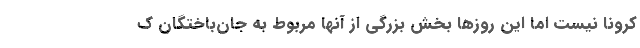
کرونا نیست اما این روزها بخش بزرگی از آنها مربوط به جان‌باختگان ک